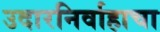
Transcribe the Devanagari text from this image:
उदारनिर्वाहाचा